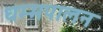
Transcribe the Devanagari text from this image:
धम्मपालन